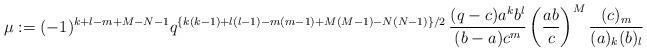
LaTeX: \begin{align*}\mu := (-1)^{k + l - m + M - N - 1} q^{\left\{k (k - 1) + l (l - 1) - m (m - 1) + M \left(M - 1 \right) - N \left(N - 1 \right) \right\} / 2}\, \frac{(q - c) a^{k} b^{l}}{(b - a) c^{m}} \left(\frac{a b}{c} \right)^{M} \frac{(c)_{m}}{(a)_{k} (b)_{l}} \end{align*}